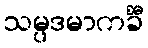
သမ္ပဒမာကင်္ခီ